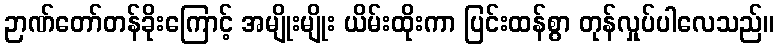
ဉာဏ်တော်တန်ခိုးကြောင့် အမျိုးမျိုး ယိမ်းထိုးကာ ပြင်းထန်စွာ တုန်လှုပ်ပါလေသည်။